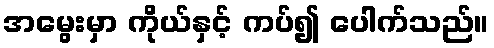
အမွေးမှာ ကိုယ်နှင့် ကပ်၍ ပေါက်သည်။